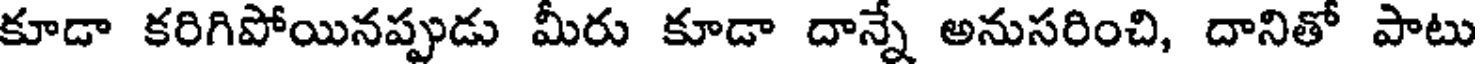
కూడా కరిగిపోయినప్పుడు మీరు కూడా దాన్నే అనుసరించి, దానితో పాటు